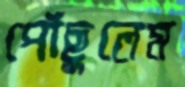
পৌঁছুলেম